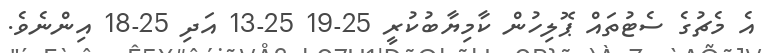
އެ މެޗުގެ ސެޓުތައް ޕޮލިހުން ކާމިޔާބުކުރީ 25-19 25-13 އަދި 25-18 އިންނެވެ.